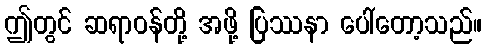
ဤတွင် ဆရာဝန်တို့ အဖို့ ပြဿနာ ပေါ်တော့သည်။